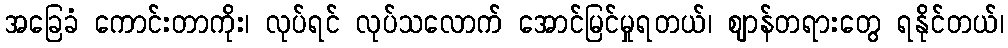
အခြေခံ ကောင်းတာကိုး၊ လုပ်ရင် လုပ်သလောက် အောင်မြင်မှုရတယ်၊ ဈာန်တရားတွေ ရနိုင်တယ်၊